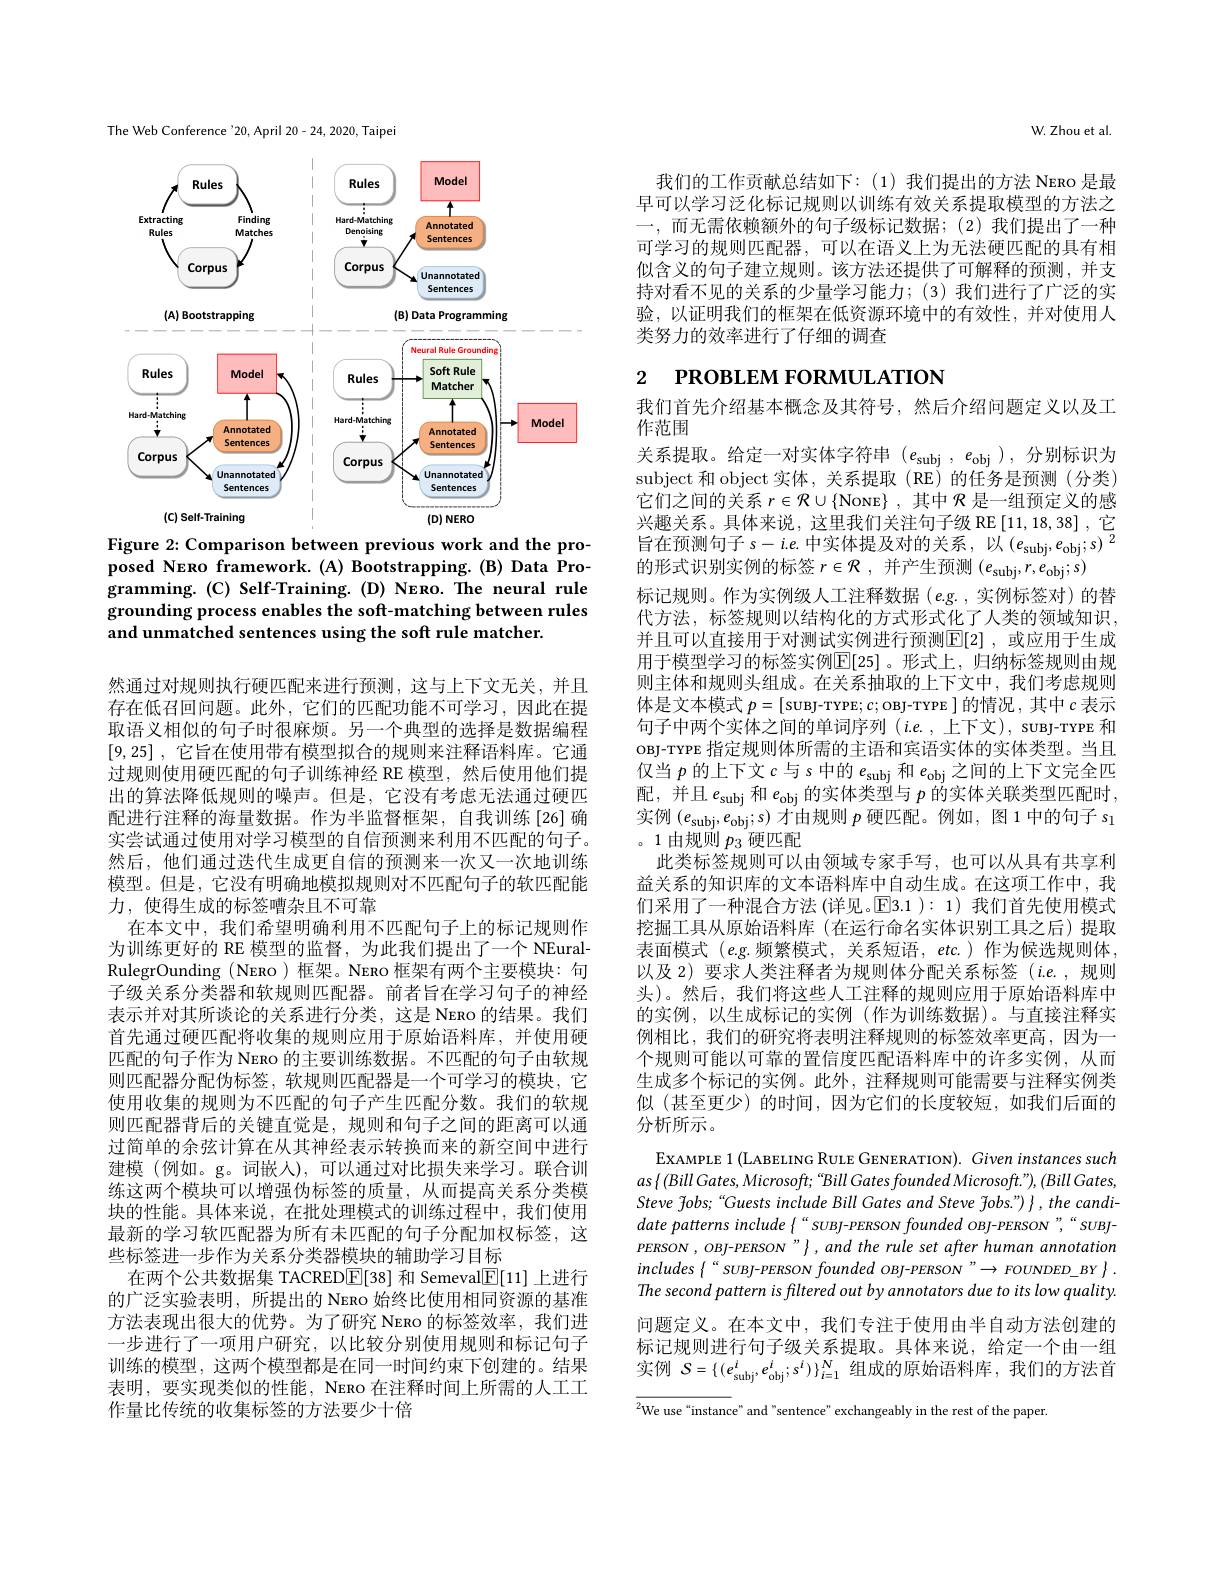
The Web Conference '20, April 20-24, 2020, Taipei

<FigureHere>

Figure 2: Comparison between previous work and the proposed NERO framework.(A) Bootstrapping.(B) Data Pro- $\mathbf{gramming.(C)Self-Training.(D)NERo.The~neural~rule}$ grounding process enables the soft-matching between rules and unmatched sentences using the soft rule matcher.

然通过对规则执行硬匹配来进行预测，这与上下文无关，并且存在低召回问题。此外，它们的匹配功能不可学习，因此在提取语义相似的句子时很麻烦。另一个典型的选择是数据编程[9,25] ,它旨在使用带有模型拟合的规则来注释语料库。它通过规则使用硬匹配的句子训练神经 RE 模型，然后使用他们提出的算法降低规则的噪声。但是，它没有考虑无法通过硬匹配进行注释的海量数据。作为半监督框架，自我训练[26]确实尝试通过使用对学习模型的自信预测来利用不匹配的句子。然后，他们通过迭代生成更自信的预测来一次又一次地训练模型。但是，它没有明确地模拟规则对不匹配句子的软匹配能力，使得生成的标签嘈杂且不可靠
在本文中，我们希望明确利用不匹配句子上的标记规则作为训练更好的 RE 模型的监督，为此我们提出了一个 NEuralRulegrOunding (NERo)框架。NERo 框架有两个主要模块：句子级关系分类器和软规则匹配器。前者旨在学习句子的神经表示并对其所谈论的关系进行分类，这是 NERo 的结果。我们首先通过硬匹配将收集的规则应用于原始语料库，并使用硬匹配的句子作为 Neno 的主要训练数据。不匹配的句子由软规则匹配器分配伪标签，软规则匹配器是一个可学习的模块，它使用收集的规则为不匹配的句子产生匹配分数。我们的软规则匹配器背后的关键直觉是，规则和句子之间的距离可以通过简单的余弦计算在从其神经表示转换而来的新空间中进行建模(例如。g。词嵌人),可以通过对比损失来学习。联合训练这两个模块可以增强伪标签的质量，从而提高关系分类模块的性能。具体来说，在批处理模式的训练过程中，我们使用最新的学习软匹配器为所有未匹配的句子分配加权标签，这些标签进一步作为关系分类器模块的辅助学习目标
在两个公共数据集 TACRED$\boxed{\mathbb{E}}[38]$和 Semeval$\boxed{\mathbb{E}}[11]$上进行的广泛实验表明，所提出的 NERo 始终比使用相同资源的基准方法表现出很大的优势。为了研究 Neno 的标签效率，我们进一步进行了一项用户研究，以比较分别使用规则和标记句子训练的模型，这两个模型都是在同一时间约束下创建的。结果表明，要实现类似的性能，Neno 在注释时间上所需的人工工作量比传统的收集标签的方法要少十倍

W.Zhou et al

我们的工作贡献总结如下：(1)我们提出的方法 Neno 是最早可以学习泛化标记规则以训练有效关系提取模型的方法之一，而无需依赖额外的句子级标记数据；(2)我们提出了一种可学习的规则匹配器，可以在语义上为无法硬匹配的具有相似含义的句子建立规则。该方法还提供了可解释的预测，并支持对看不见的关系的少量学习能力；(3)我们进行了广泛的实验，以证明我们的框架在低资源环境中的有效性，并对使用人类努力的效率进行了仔细的调查

# 2 РROВLЕМ FORMULATION

我们首先介绍基本概念及其符号，然后介绍问题定义以及工
作范围
关系提取。给定一对实体字符串($e_\mathrm{subj},e_\mathrm{obj})$,分别标识为subject 和 object 实体 , 关系提取 (RE) 的任务是预测 (分类) 它们之间的关系$r\in\mathcal{R}\cup\{$None}$\}$,其中$\mathcal{R}$是一组预定义的感兴趣关系。具体来说，这里我们关注句子级 RE$\left[11,18,38\right]$,它旨 在 预 测 句 子 $s- i. e.$中 实 体 提 及 对 的 关 系 , 以 $\left ( e_{\mathrm{subj}}, e_{\mathrm{obj}}; s\right ) ^{2}$ 故 形 中 江 即 应 间 的 土 的 $- a_{\mathrm{~itv}}, a_{\mathrm{~itv}}, a_{\mathrm{~itv}}, a_{\mathrm{~itv}}, a_{\mathrm{~itv}}, a_{\mathrm{~itv}}, a_{\mathrm{~itv}}, a_{\mathrm{~itv}}, a_{\mathrm{~itv}}, a_{\mathrm{~itw}}, a_{\mathrm{~itv}}, a_{\mathrm{~itv}}, a_{\mathrm{~itv}}, a_{\mathrm{~itv}}, a_{\mathrm{~itv}}, a_{\mathrm{~itv}}, a$ 的形式识别实例的标签$r\in\mathcal{R}$,并产生预测$(e_\mathrm{subj},r,e_\mathrm{obj};s)$
标记规则。作为实例级人工注释数据(e.g.,实例标签对)的替代方法，标签规则以结构化的方式形式化了人类的领域知识， 并且可以直接用于对测试实例进行预测$\mathbb{E}[2]$ ,或应用于生成用于模型学习的标签实例$\mathbb{E}[25]$。形式上，归纳标签规则由规则主体和规则头组成。在关系抽取的上下文中，我们考虑规则体是文本模式$p=[$SUBJ-TYPE; $c;$ OBJ-TYPE ] 的情况，其中$c$表示句子中两个实体之间的单词序列$(i.e.$,上下文), suBJ-TYPE 和OBJ-TYPE 指定规则体所需的主语和宾语实体的实体类型。当且仅当$p$的上下文$c$与 s 中的$e_\mathrm{subj}$和$e_\mathrm{obj}$之间的上下文完全匹配，并且$e_\mathrm{subj}$和$e_\mathrm{obj}$的实体类型与$p$的实体关联类型匹配时， 实例($e_\mathrm{subj},e_\mathrm{obj};s)$才由规则$p$ 硬匹配。例如，图1中的句子$s_1$

。1 由规则$p_{3}$硬匹配

此类标签规则可以由领域专家手写，也可以从具有共享利益关系的知识库的文本语料库中自动生成。在这项工作中，我们采用了一种混合方法 (详见。$\boxed{\mathrm{E}}3.1):1)$我们首先使用模式挖掘工具从原始语料库 (在运行命名实体识别工具之后)提取表面模式$(e.g.$频繁模式，关系短语，etc.)作为候选规则体， 以及 2) 要求人类注释者为规则体分配关系标签(i.e.,规则头)。然后，我们将这些人工注释的规则应用于原始语料库中的实例，以生成标记的实例(作为训练数据)。与直接注释实例相比，我们的研究将表明注释规则的标签效率更高，因为一个规则可能以可靠的置信度匹配语料库中的许多实例，从而生成多个标记的实例。此外，注释规则可能需要与注释实例类似 (甚至更少) 的时间，因为它们的长度较短，如我们后面的分析所示。
EXAMPLE 1 (LABELING RULE GENERATION). Given instances such $as\left\{(BillGates,Microsoft;“BillGatesfoundedMicrosoft.”\right),(BillGates$, Steve fobs; “Guests include Bill Gates and Steve fobs.") { , the candidate patterns include{“SUBJ-PERSON founded oBJ-PERSON”,“SUBJPERSON , OBJ-PERSON " } }, and the rule set after human annotation $includes\begin{Bmatrix}“SUBJ-PERSON&founded&OBJ-PERSON&”\rightarrow FOUNDED\_BY\end{Bmatrix}.$ The second pattern is filtered out by annotators due to its low quality. 问题定义。在本文中，我们专注于使用由半自动方法创建的标记规则进行句子级关系提取。具体来说，给定一个由一组实例$S=\{(e_\mathrm{subj}^i,e_\mathrm{obj}^i;s^i)\}_{i=1}^N$组成的原始语料库，我们的方法首${^2\text{We use“instance”and"sentence" exchangeably in the rest of the paper}}$